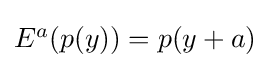
{\textstyle E^{a}(p(y))=p(y+a)}